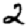
Digit: 2